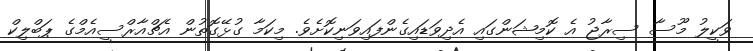
ވަކީލު މޫސާ ސިރާޖު އެ ކޮމިޝަންގައި އެދިވަޑައިގެންފައިވަނިކޮށެވެ. މިކަމާ ގުޅޭގޮތުން އެޗްއާރްސީއެމްގެ ޕަބްލިކް